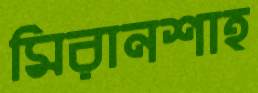
মিরানশাহ